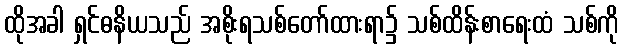
ထိုအခါ ရှင်ဓနိယသည် အစိုးရသစ်တော်ထားရာ၌ သစ်ထိန်းစာရေးထံ သစ်ကို